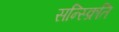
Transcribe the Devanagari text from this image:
सन्स्क्रिति